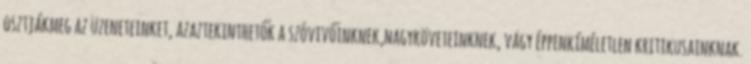
osztjákmeg az üzeneteinket, azaztekinthetők a szóvivőinknek,nagyköveteinknek, vagy éppenkíméletlen kritikusainknak.